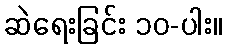
ဆဲရေးခြင်း ၁၀-ပါး။